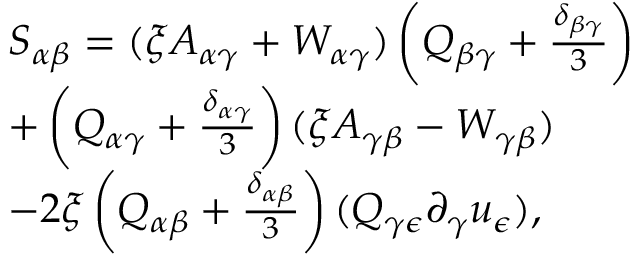
\begin{array} { r l } & { S _ { \alpha \beta } = ( \xi A _ { \alpha \gamma } + W _ { \alpha \gamma } ) \left( Q _ { \beta \gamma } + \frac { \delta _ { \beta \gamma } } { 3 } \right) } \\ & { + \left( Q _ { \alpha \gamma } + \frac { \delta _ { \alpha \gamma } } { 3 } \right) ( \xi A _ { \gamma \beta } - W _ { \gamma \beta } ) } \\ & { - 2 \xi \left( Q _ { \alpha \beta } + \frac { \delta _ { \alpha \beta } } { 3 } \right) ( Q _ { \gamma \epsilon } \partial _ { \gamma } u _ { \epsilon } ) , } \end{array}